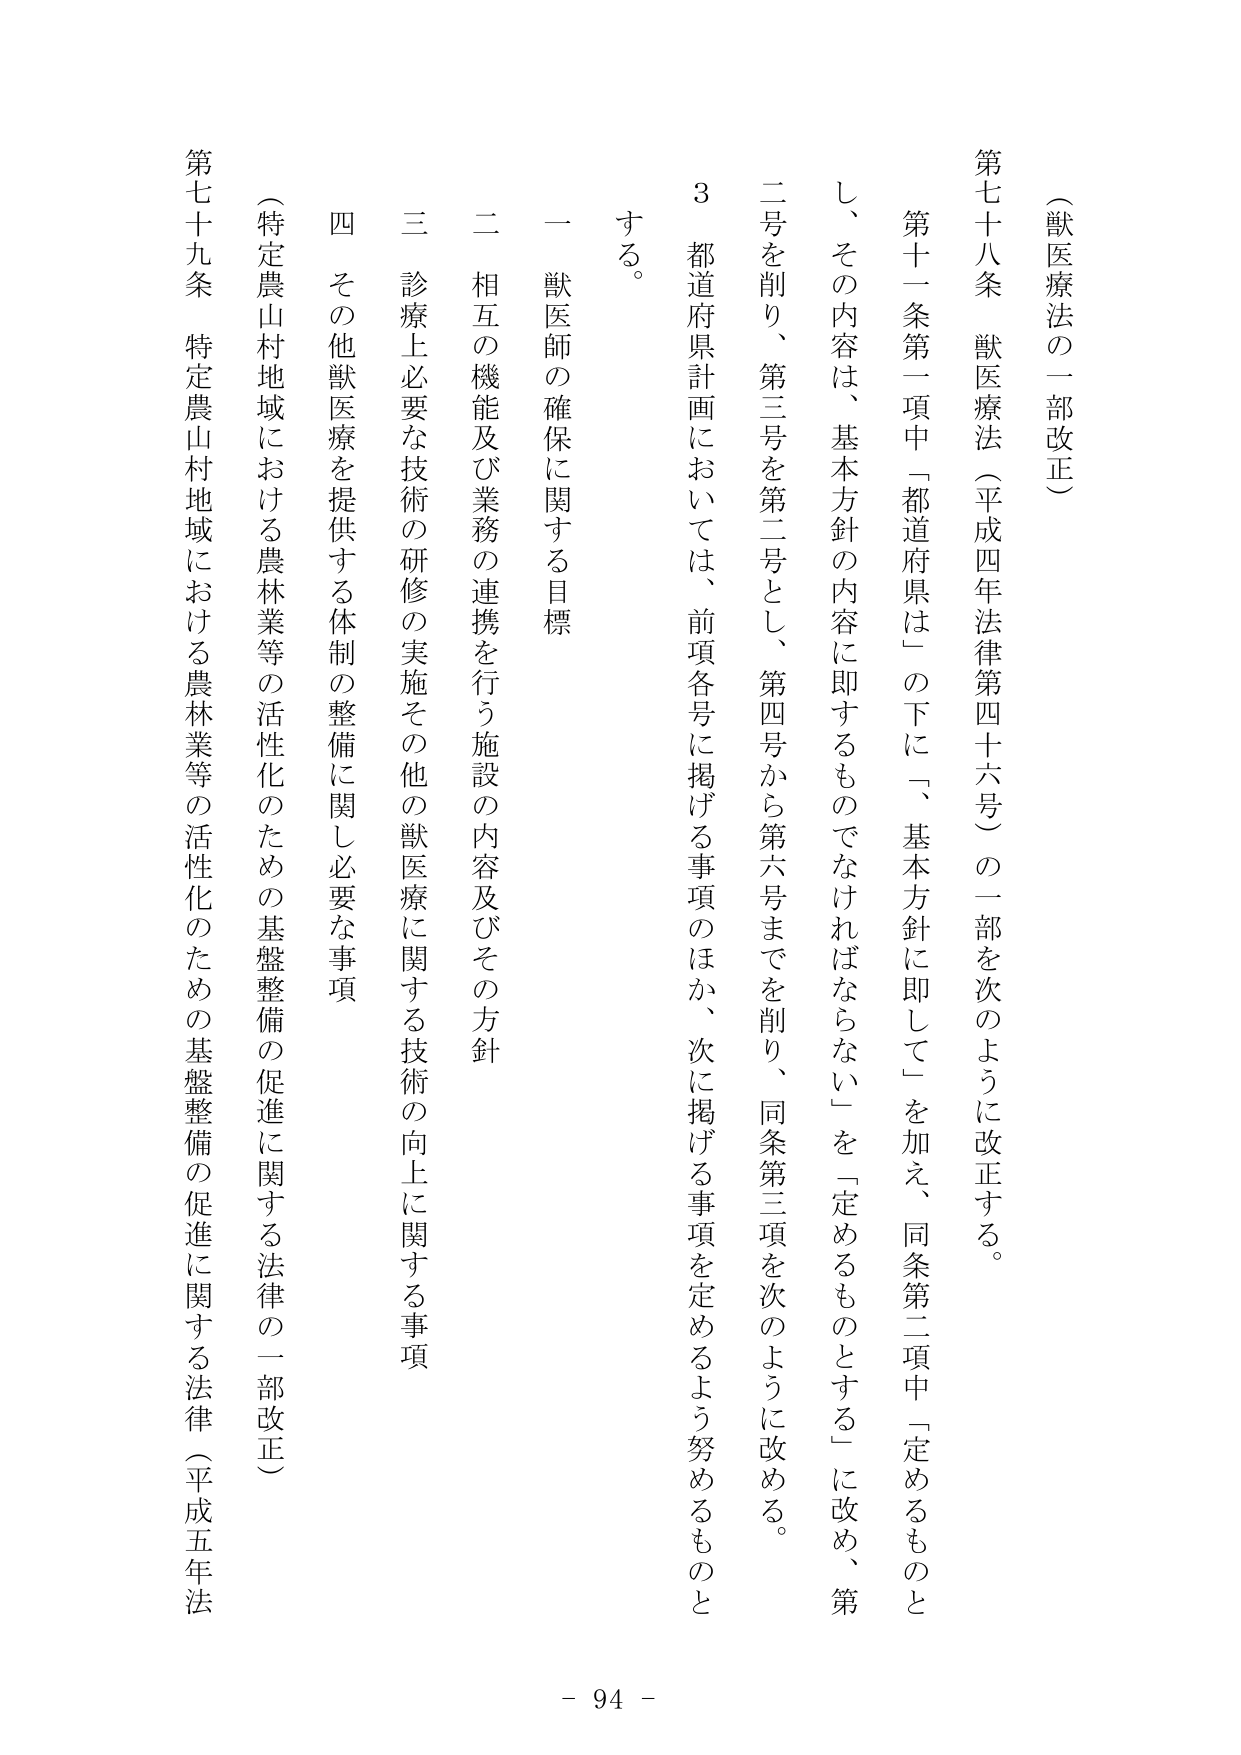
（獣医療法の一部改正）

第七十八条　獣医療法（平成四年法律第四十六号）の一部を次のように改正する。

　第十一条第一項中「都道府県は」の下に、「基本方針に即して」を加え、同条第二項中「定めるものとし、その内容は、基本方針の内容に即するものでなければならない」を「定めるものとする」に改め、第二号を削り、第三号を第二号とし、第四号から第六号までを削り、同条第三項を次のように改める。

　３　都道府県計画においては、前項各号に掲げる事項のほか、次に掲げる事項を定めるよう努めるものとする。

　一　獣医師の確保に関する目標

　二　相互の機能及び業務の連携を行う施設の内容及びその方針

　三　診療上必要な技術の研修の実施その他獣医療に関する技術の向上に関する事項

　四　その他獣医療を提供する体制の整備に関し必要な事項

（特定農山村地域における農林業等の活性化のための基盤整備の促進に関する法律の一部改正）

第七十九条　特定農山村地域における農林業等の活性化のための基盤整備の促進に関する法律（平成五年法

- 94 -